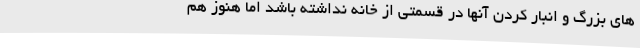
های بزرگ و انبار کردن آنها در قسمتی از خانه نداشته باشد اما هنوز هم